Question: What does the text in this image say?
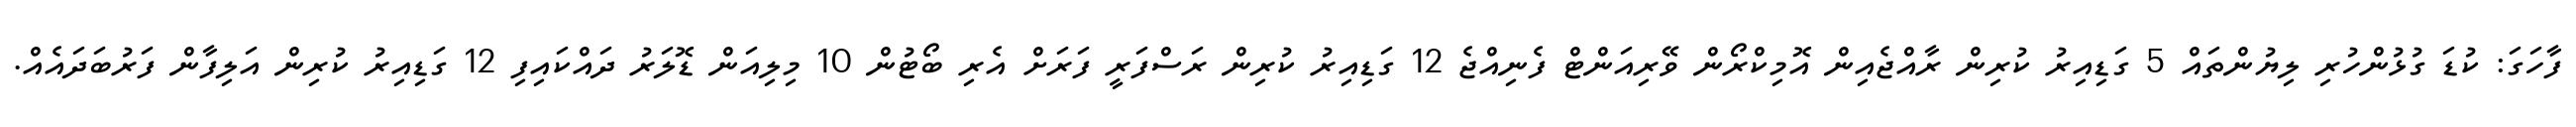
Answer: ފާހަގަ: ކުޑަ ގުޅުންހުރި ލިޔުންތައް 5 ގަޑިއިރު ކުރިން ރާއްޖެއިން އޮމިކްރޯން ވޭރިއަންޓް ފެނިއްޖެ 12 ގަޑިއިރު ކުރިން ރަސްފަރީ ފަރަށް އެރި ބޯޓުން 10 މިލިއަން ޑޮލަރު ދައްކައިފި 12 ގަޑިއިރު ކުރިން އަލިފާން ފަރުބަދައެއް.